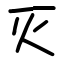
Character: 灭